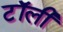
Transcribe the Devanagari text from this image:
टॉली